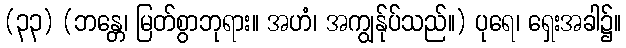
(၃၃) (ဘန္တေ၊ မြတ်စွာဘုရား။ အဟံ၊ အကျွန်ုပ်သည်။) ပုရေ၊ ရှေးအခါ၌။